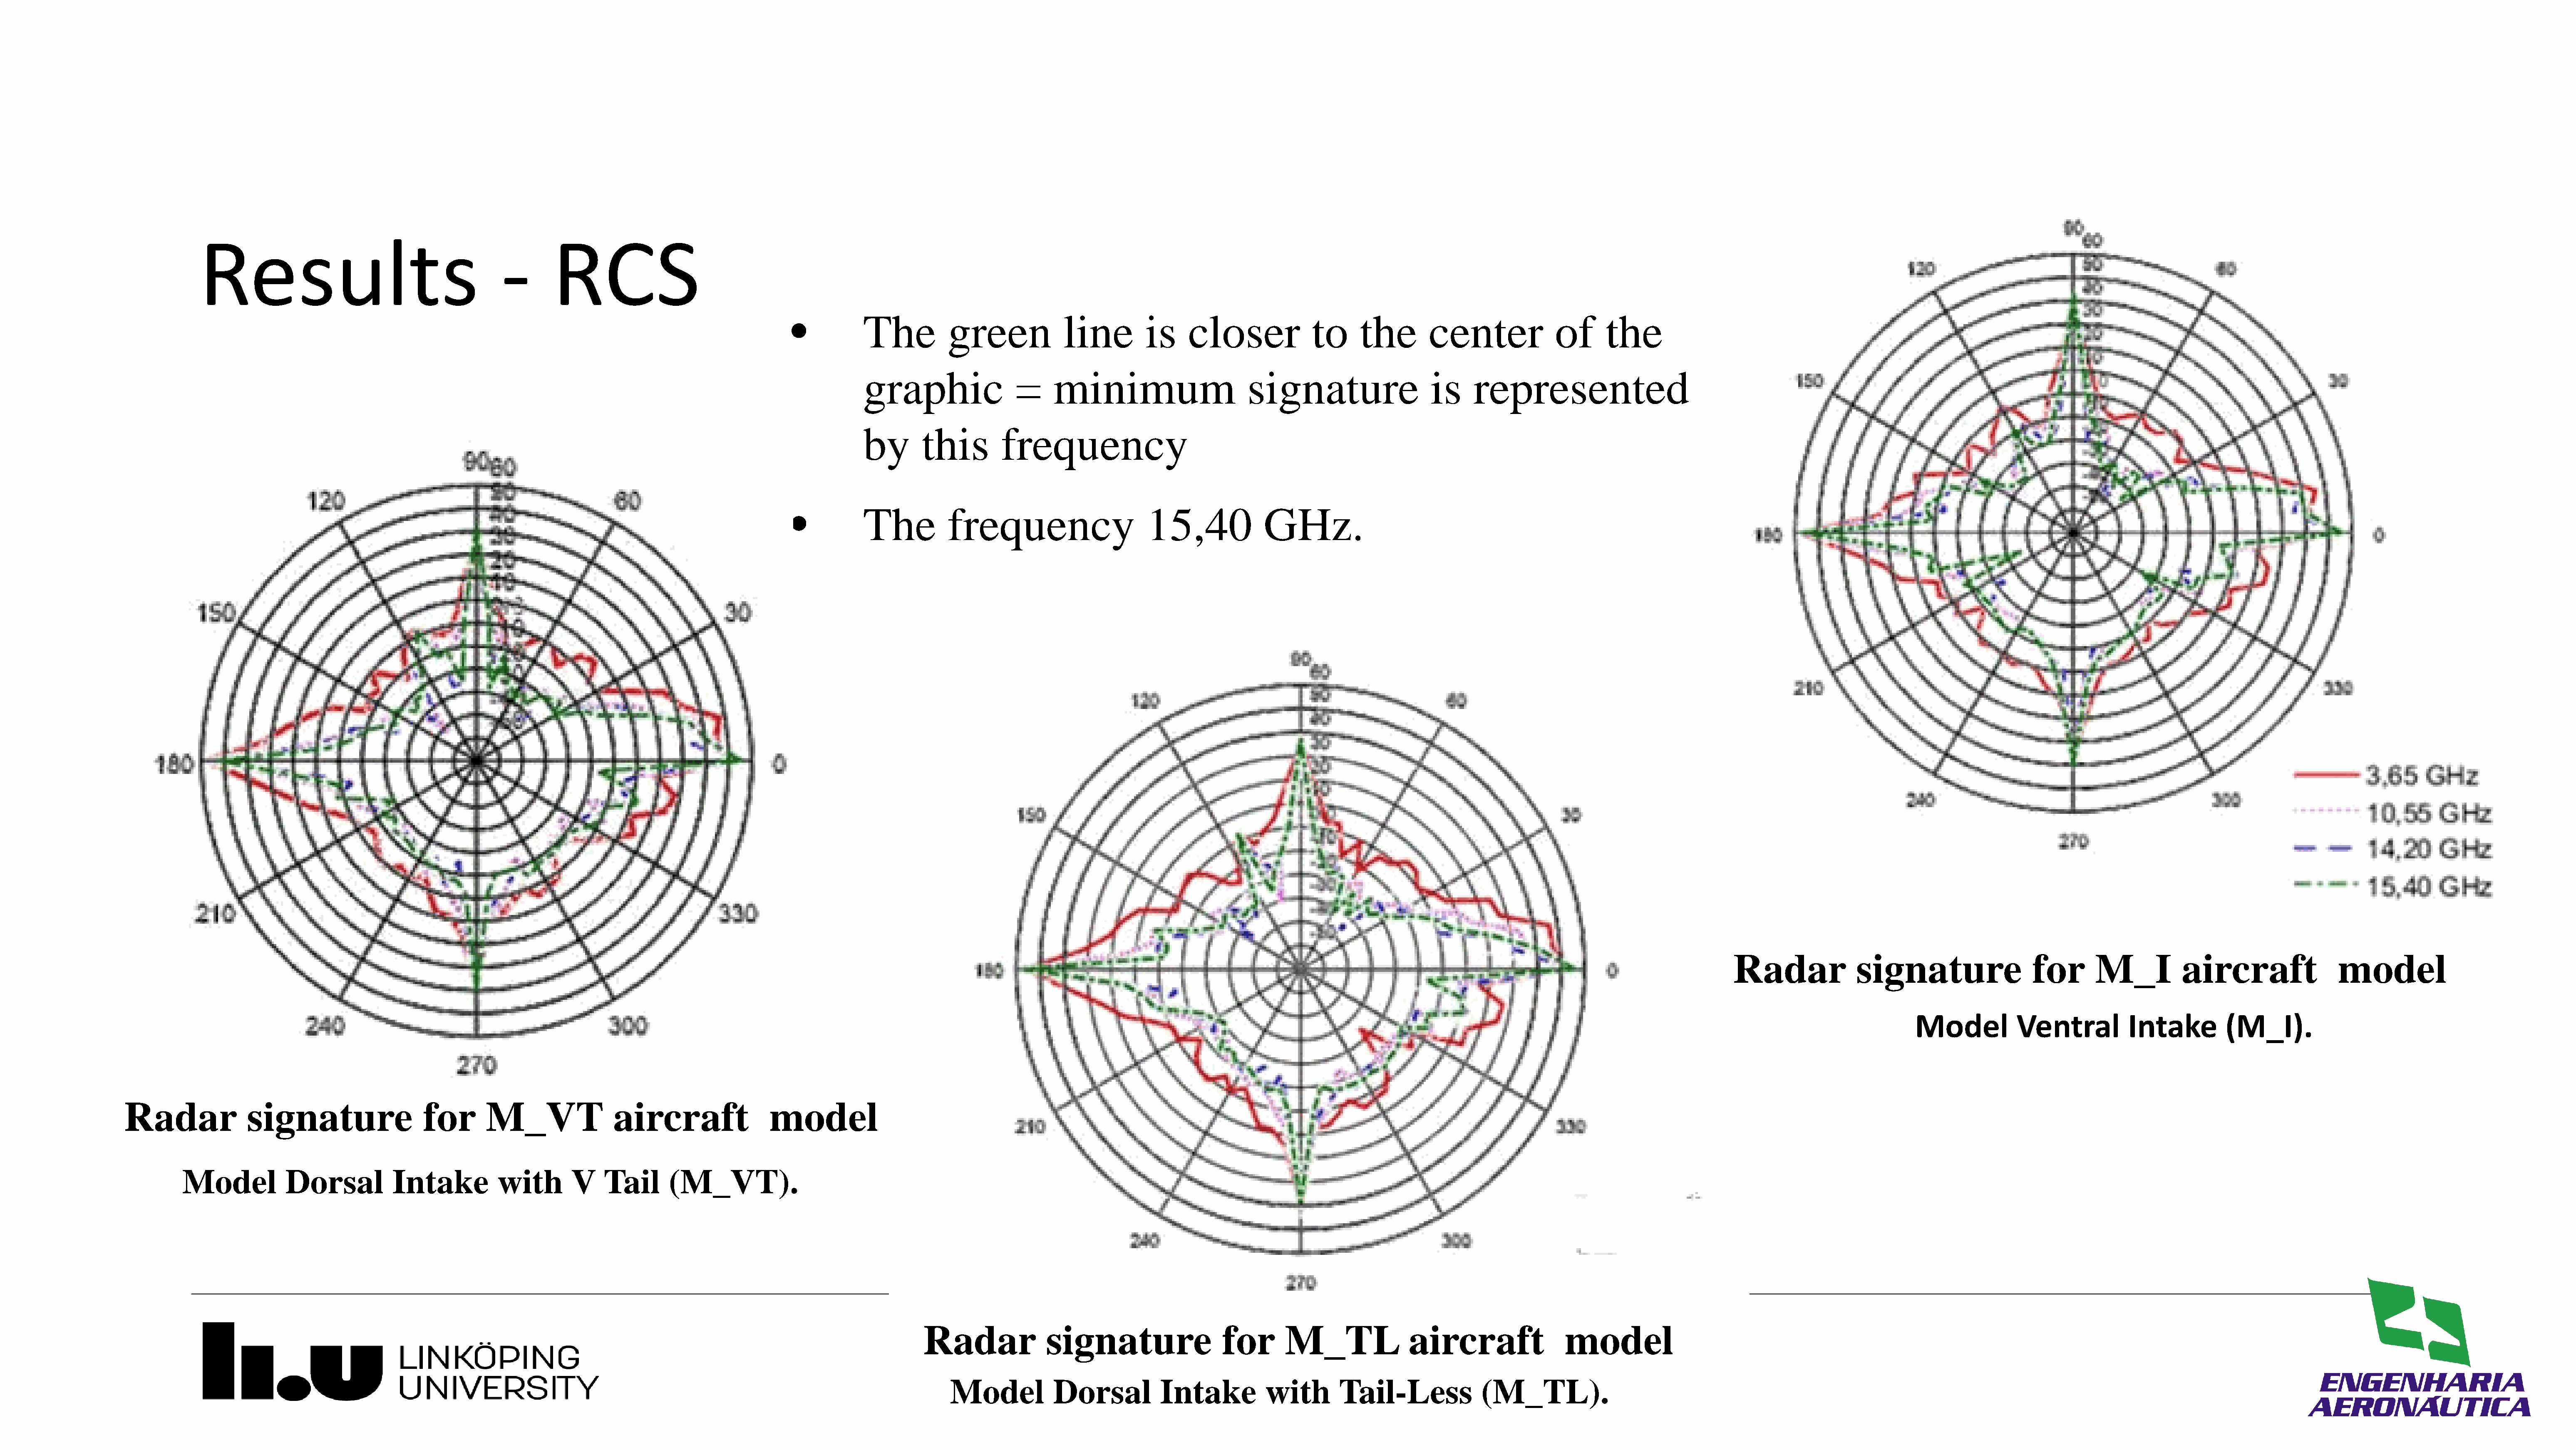
Results                                         -       RCS
 •          The           green             line         is     closer              to     the        center              of      the
 graphic                  =     minimum                       signature                     is    represented
 by        this        frequency
 •          The           frequency                      15,40              GHz.
 Radar              signature                   for       M_I           aircraft                 model
 Model           Ventral           Intake         (M_I).
 Radar              signature                   for       M_VT                 aircraft                model
 Model           Dorsal           Intake           with        V    Tail      (M_VT).
 Radar              signature                   for       M_TL                aircraft                 model
 Model            Dorsal           Intake          with        Tail-Less              (M_TL).